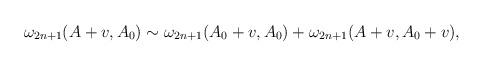
LaTeX: \begin{align*}\omega _{2n+1}(A+v,A_0) \sim \omega _{2n+1}(A_0+v,A_0)+\omega _{2n+1}(A+v,A_0+v),\end{align*}